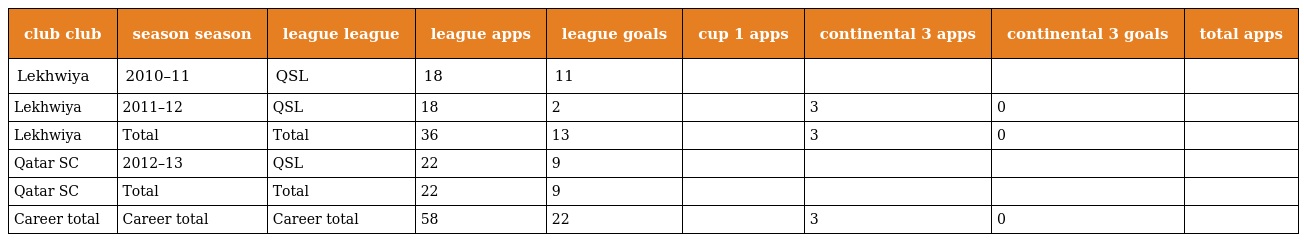
| club club | season season | league league | league apps | league goals | cup 1 apps | continental 3 apps | continental 3 goals | total apps |
 | --- | --- | --- | --- | --- | --- | --- | --- | --- |
 | Lekhwiya | 2010–11 | QSL | 18 | 11 |  |  |  |  |
 | Lekhwiya | 2011–12 | QSL | 18 | 2 |  | 3 | 0 |  |
 | Lekhwiya | Total | Total | 36 | 13 |  | 3 | 0 |  |
 | Qatar SC | 2012–13 | QSL | 22 | 9 |  |  |  |  |
 | Qatar SC | Total | Total | 22 | 9 |  |  |  |  |
 | Career total | Career total | Career total | 58 | 22 |  | 3 | 0 |  |